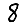
Digit: 8